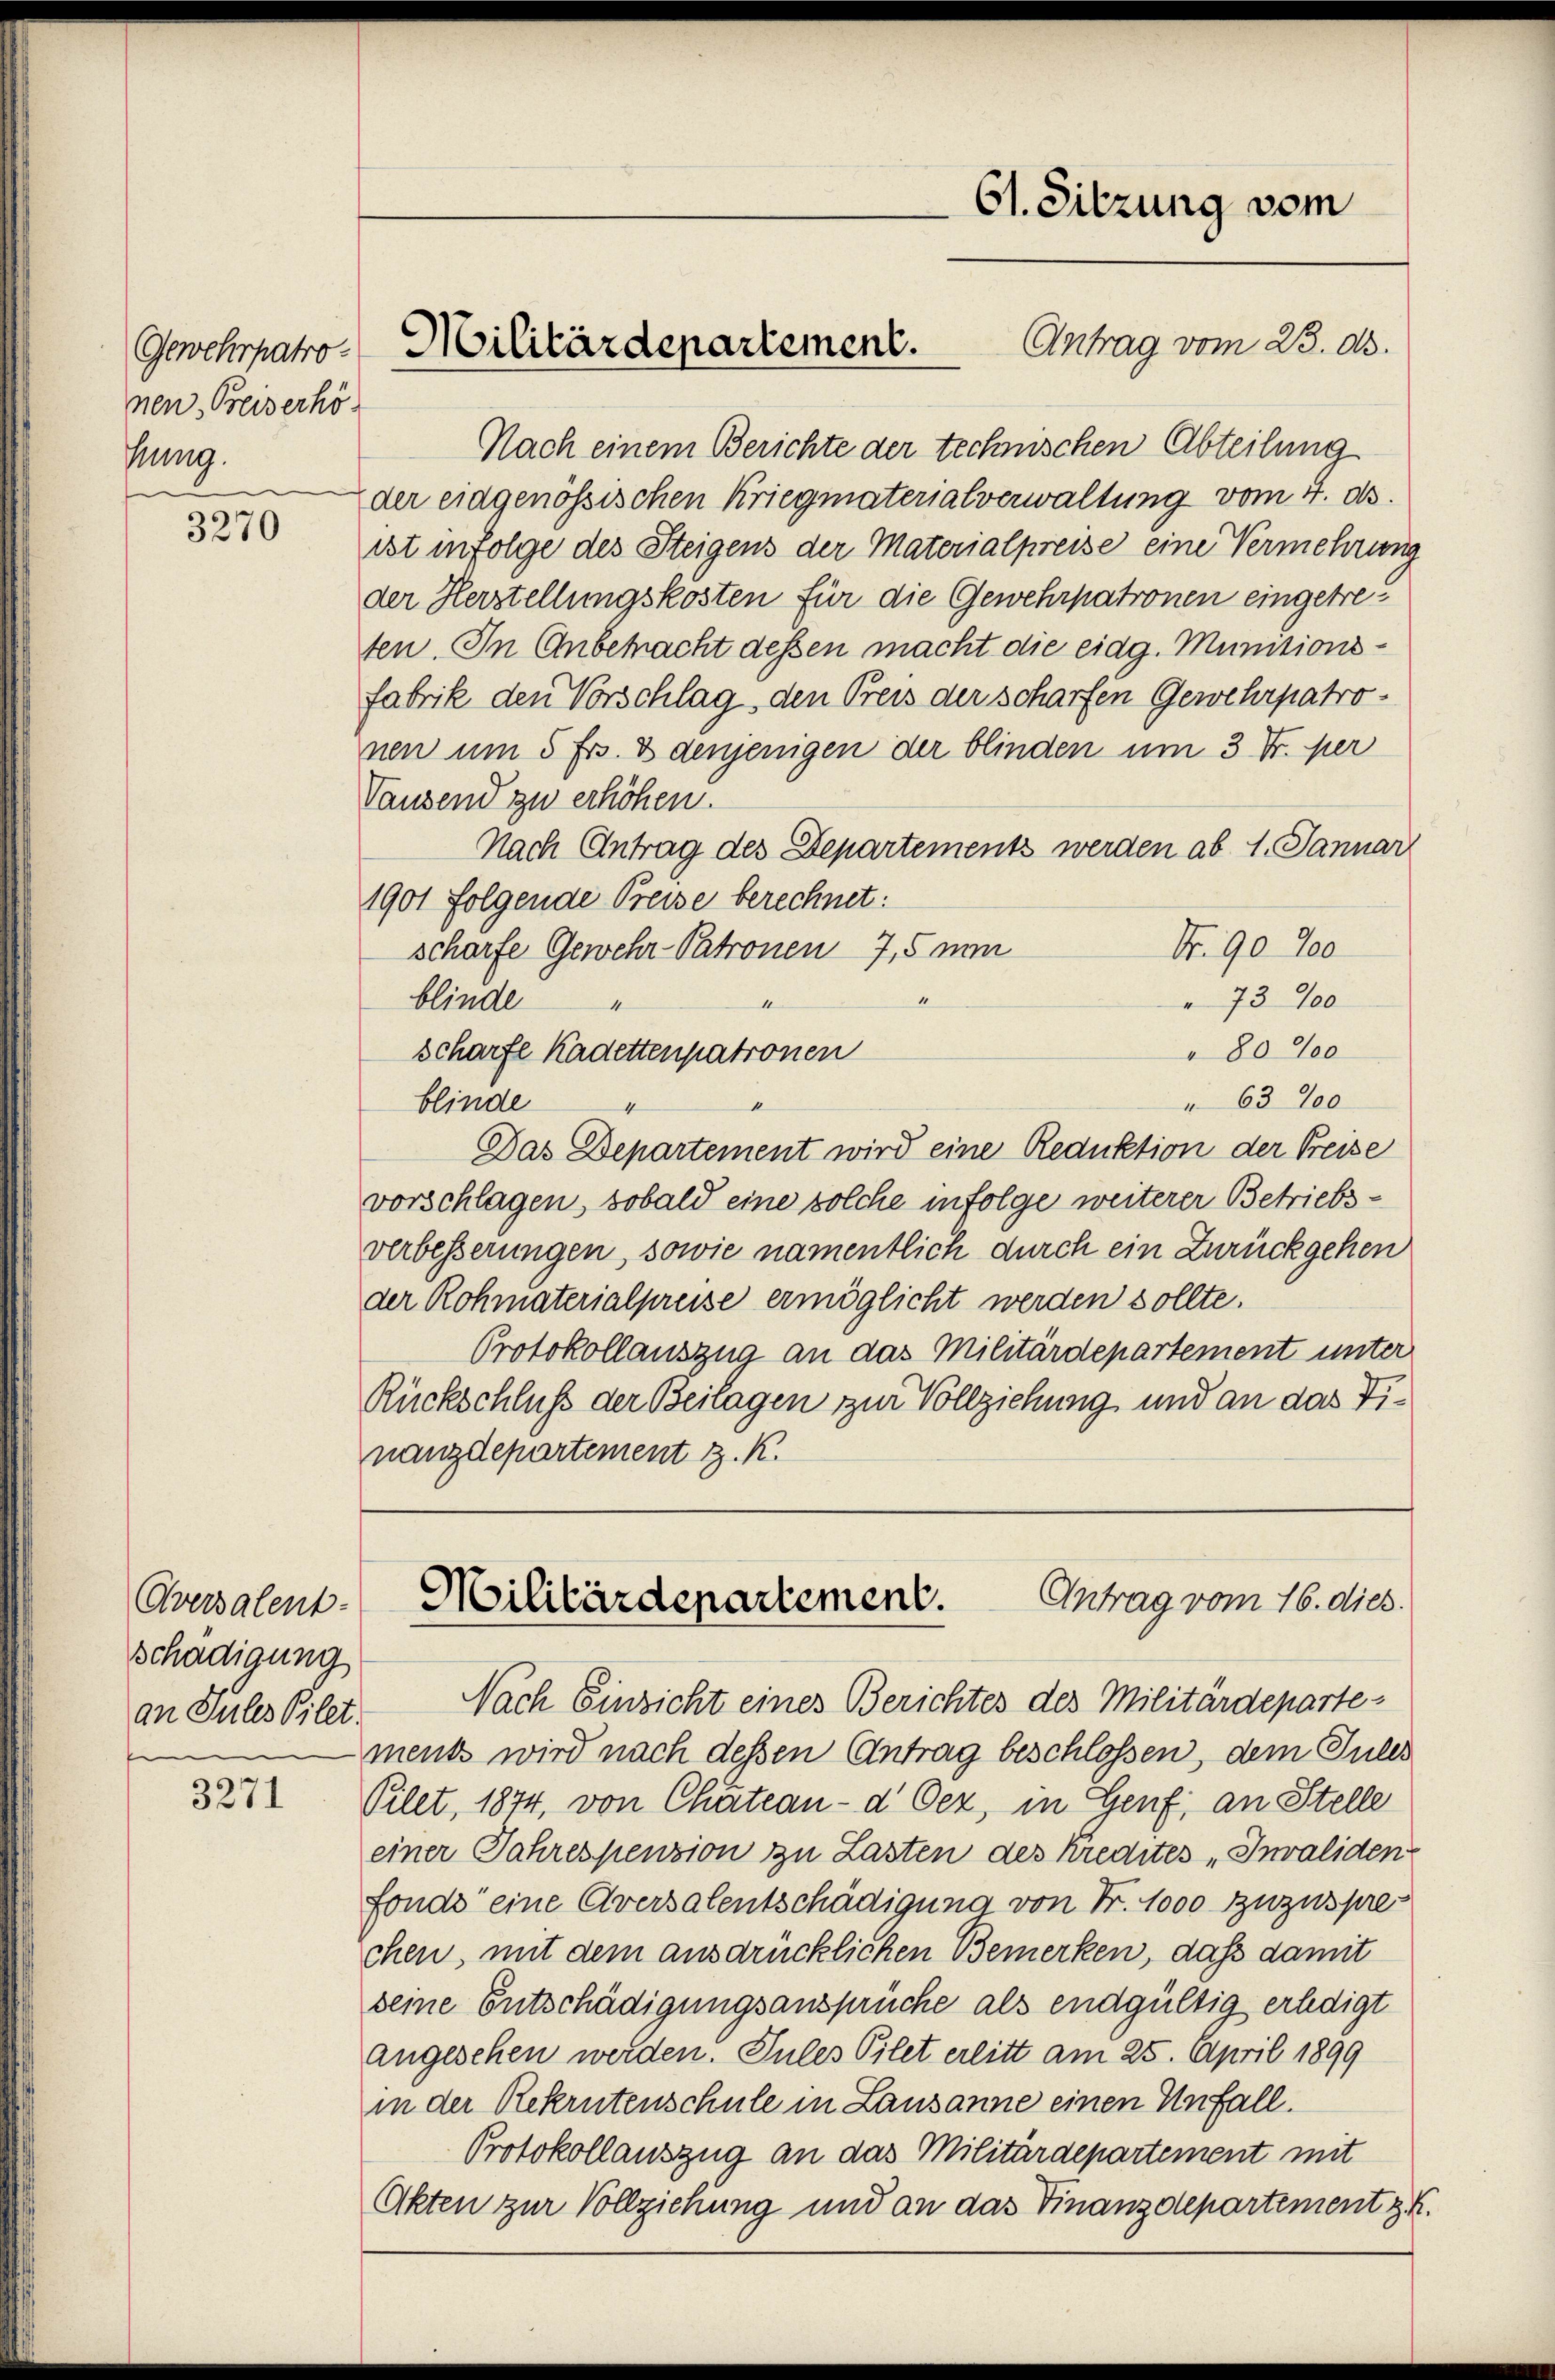
Gewehrpatronen, Beiserhö
Tung.

3270

Oversalent-
Schädigung
an Sules Vilet.
e

3271

Nach einem Berichte der technischen Abteilung
der eidgenössischen Kriegmaterialverwaltung vom 4. d.
ist infolge des Steigens der Materialpreise eine Vermehrung
der Herstellungskosten für die Gewehrpatronen eingetreten. In Anbemacht dessen macht die eidg. Munitionsfabrik den Vorschlag, den Preis der scharfen Gewehrpatronen um 5 frs. & denjenigen der blinden um 3 Fr. per
Tausend zu erhöhen.
Nach Antrag des Departements werden ab 1. Januar
1901 folgende Preise berechnet:
N. 90. 100
scharfe Gewehr-Patronen 7,5 ni
4
blinde
73700
4
4
80‰
scharfe Kadettenpatronen
" 63700
blinde
1
4
Das Departement wird eine Reduktion der Preise
vorschlagen, sobald eine solche infolge weiterer Betriebsverbesserungen, sowie namentlich durch ein Zurückgehen
der Rohmaterialpreise ermöglicht werden sollte.
Protokollauszug an das Militärdepartement unter
Rückschluß der Beilagen zur Vollziehung und an das Tinanzdepartement z. K.

Militärdepartement.

61. Sitzung vom
Antrag vom 23. ds.

Antrag vom 16. dies
Militärdepartement.

Nach Einsicht eines Berichtes des Militärdepartement wird nach dessen Antrag beschlossen, dem Tules
Pilet, 1874, von Chätean- d Oez, in Genf, an Stelle
einer Jahrespension zu Lasten des Kredites „Invaliden
fonde eine Aversalentschädigung von Fr. 1000 zuzusprechen, mit dem ausdrücklichen Bemerken, daß damit
seine Entschädigungsansprüche als endgültig erledigt
Angesehen werden. Sules Pilet erlitt am 25. April 1899
in der Rekrutenschule in Lausanne einen Unfall.
Protokollauszug an das Militärdepartement mit
Akten zur Vollziehung und an das Finanzdepartement z. B.